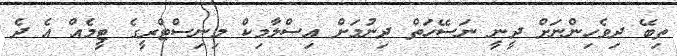
ތިބޭ ދިވެހިންނަށް ދީނީ ނަސޭހަތް ދިނުމަށް އިސްލާމިކް މިނިސްޓްރީގެ ޓީމެއް އެ ދެ